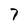
Character: 7